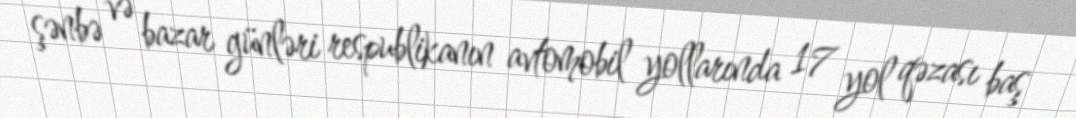
şənbə və bazar günləri respublikanın avtomobil yollarında 17 yol qəzası baş